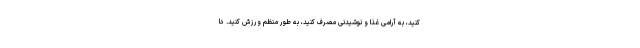
کنید، به آرامی غذا و نوشیدنی مصرف کنید، به طور منظم ورزش کنید. دا